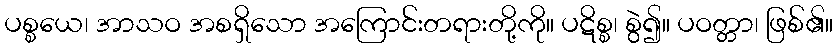
ပစ္စယေ၊ အာသဝ အစရှိသော အကြောင်းတရားတို့ကို။ ပဋိစ္စ၊ စွဲ၍။ ပဝတ္တာ၊ ဖြစ်၏။